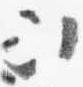
次